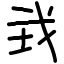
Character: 㦱